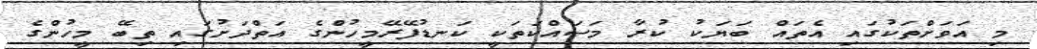
މި އަވަށްތަކުގައި އެތައް ބަޔަކު ކުރާ މަސައްކަތަކީ ކަނޑުފޭރޭމީހުންގެ އަތްދަށުގައި ތިބޭ މީހުންގެ